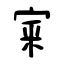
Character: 宷